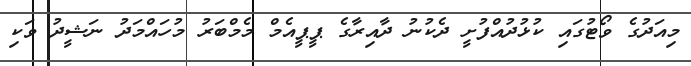
މިއަދުގެ ވޯޓުގައި ކުޅުދުއްފުށީ ދެކުނު ދާއިރާގެ ޕީޕީއެމް މެމްބަރު މުހައްމަދު ނަޝީދު ވަކި